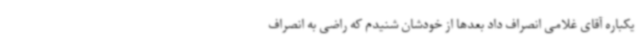
یکباره آقای غلامی انصراف داد بعدها از خودشان شنیدم که راضی به انصراف